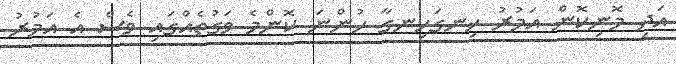
އަދި މޮނިކޮން އަމުރު ހިނގަހިނގާ ހުންނަ ކޮންމެ ވަގުތެއްގައި ވެސް އެ އަމުރު